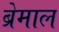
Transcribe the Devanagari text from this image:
ब्रेमाल